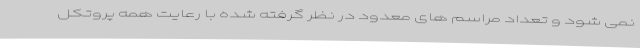
نمی شود و تعداد مراسم های معدود در نظر گرفته شده با رعایت همه پروتکل